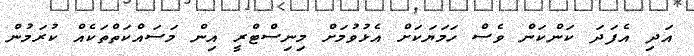
އަދި އެފަދަ ކަންކަން ވެސް ހަމަޔަކަށް އެޅުވުމަށް މިނިސްޓްރީ އިން މަސައްކަތްތަކެއް ކުރަމުން